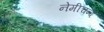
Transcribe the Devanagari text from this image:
नेमीचन्द